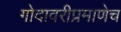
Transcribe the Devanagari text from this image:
गोदावरीप्रमाणेच